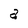
Character: a